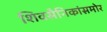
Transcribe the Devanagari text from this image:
शिवसैनिकांसमोर